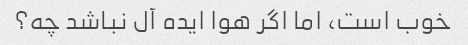
خوب است، اما اگر هوا ایده آل نباشد چه؟